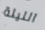
الليلة